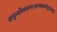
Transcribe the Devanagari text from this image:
समुन्मीलत्वन्तःकरणकरुणोद्गारचतुरः